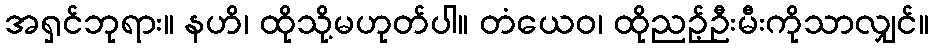
အရှင်ဘုရား။ နဟိ၊ ထိုသို့မဟုတ်ပါ။ တံယေဝ၊ ထိုညဉ့်ဦးမီးကိုသာလျှင်။